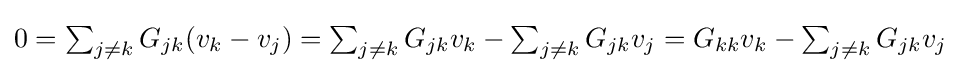
{\textstyle 0=\sum _{j\neq k}G_{jk}(v_{k}-v_{j})=\sum _{j\neq k}G_{jk}v_{k}-\sum _{j\neq k}G_{jk}v_{j}=G_{kk}v_{k}-\sum _{j\neq k}G_{jk}v_{j}}